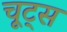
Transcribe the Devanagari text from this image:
चूट्स